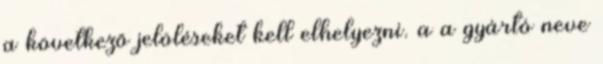
a következõ jelöléseket kell elhelyezni. a a gyártó neve